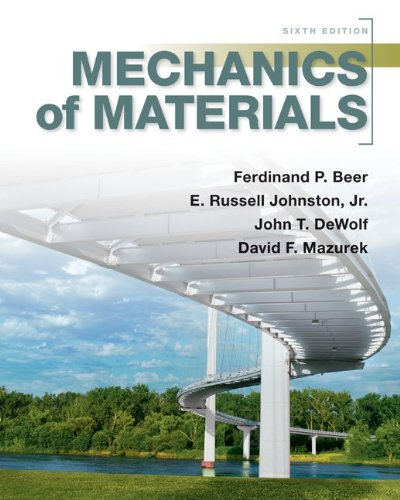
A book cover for Mechanics of Materials; Ferdinand Beer; Engineering & Transportation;